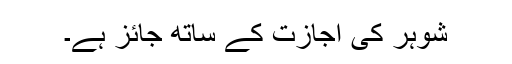
شوہر کى اجازت کے ساتھ جائز ہے۔